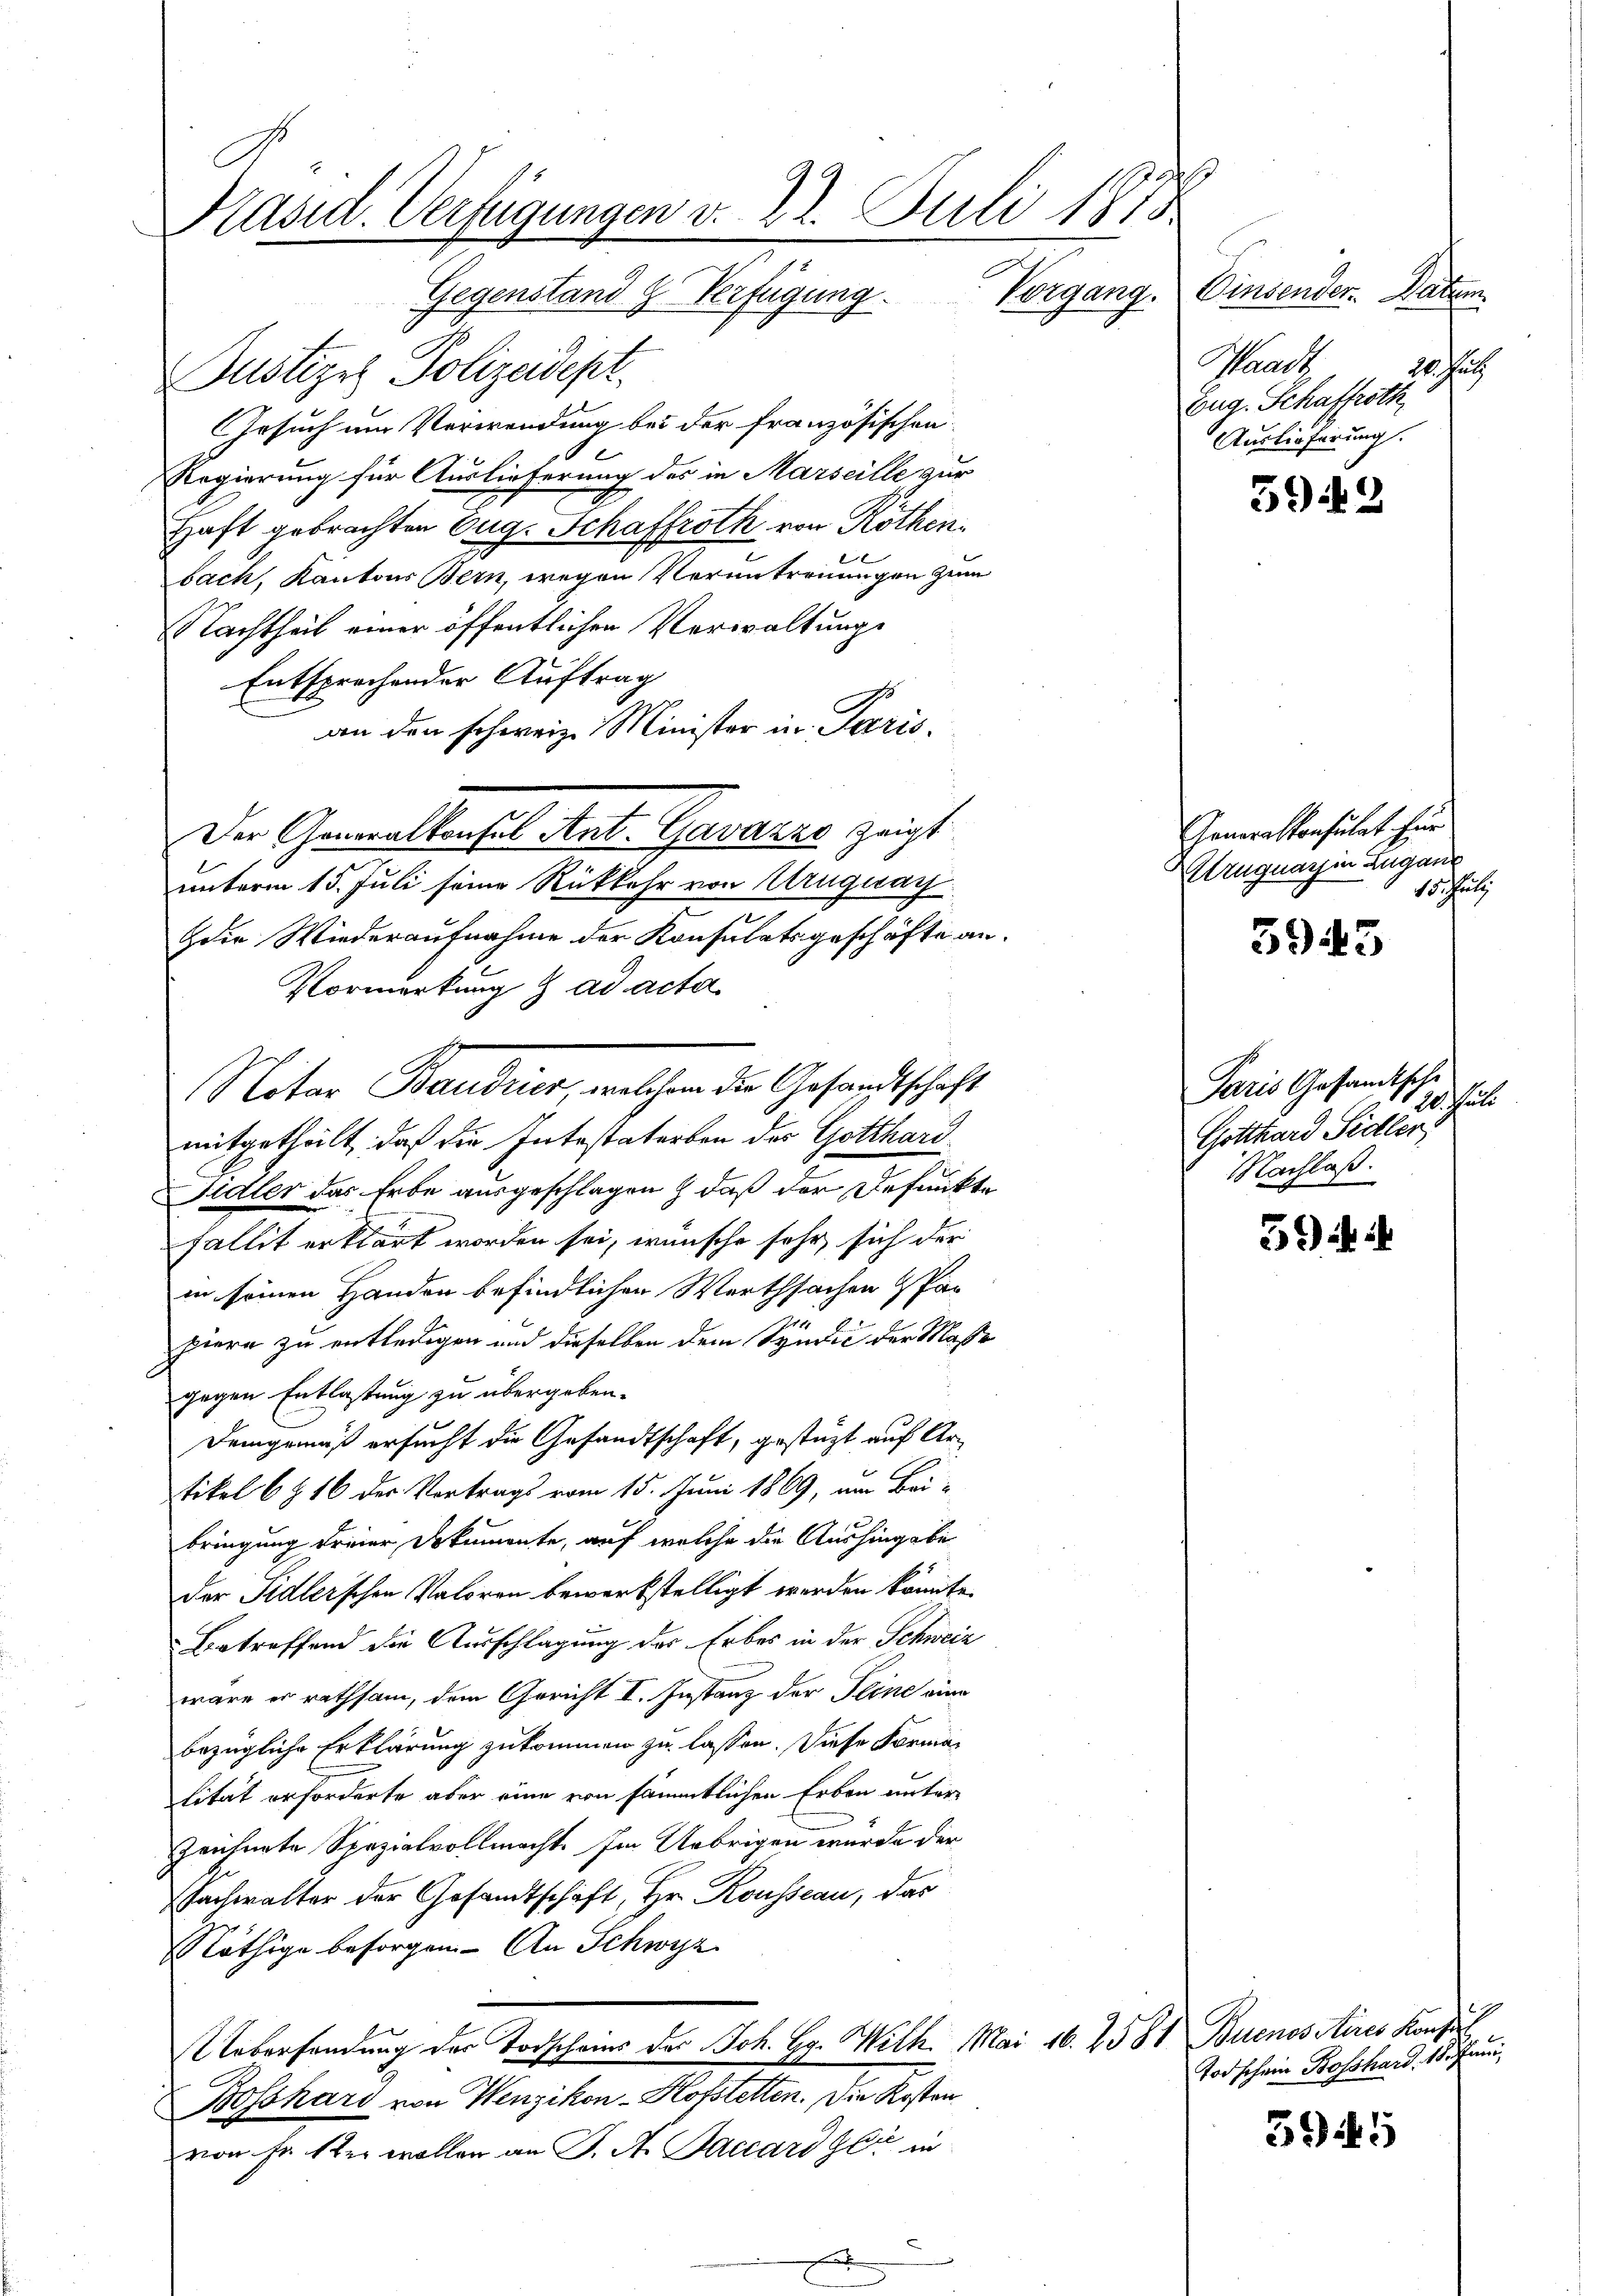
Käsid. Verfügungen v. 22. Juli 1875
Gegenstand & Verfügung. Vorgang.

Justizes Polizeidept.
Gesuch um Verwendung bei der französischen
Regierung für Auslieferung des in Marseille zur
Haft gebrachten Aug. Schaffroth von Rothen
bach, Kantons Bern, wegen Veruntrennungen zum
Nachtheit einer öffentlichen Verwaltung
Entsprechender Auftrag
an den schweiz. Minister in Paris.
Der Generalkonses Ant. Gawarze zeigt
unterm 15. Juli seine Rückkehr von Auguay
die Wiederaufnahme der Konsulatsgeschäfte an.
Vormerkung & ad acta
Notar Baudres, welchen der Gesandtschaft
mitgetheilt, daß die Intestaterben der Gotthard
Sidler das Erbe ausgeschlagen & daß der Befunkte
Fallit erklärt worden sei, wünsche sehr sich der
in seinen Handen befindlichen Werthsachen Par
piere zu entledigen und dieselben dem Syndić der Masse
gegen Entlastung zu übergeben.
Demgemäß ersucht die Gesandtschaft, gestüzt auf Artikel 6 § 16 des Vortrags vom 15. Juni 1869, um Bei-
bringung freier Dokumente, auf welche die Aushingabe
der Sidlerschen Valoren bewerkstelligt werden könnte.
Betreffend die Ausschlagung des Erbes in der Schweiz
wäre er rathsam, dem Gericht I. Instanz der Pline eine
bezügliche Erklärung zukommen zu lassen. Diese Formalität erforderte aber eine von sämmtlichen Erben unterzeichnete Spezialvollmacht. Im Uebrigen wurde der
achwalter der Gesandtschaft, Hr. Rousseau, das
Nöthige besorgen. - An Schwyz
Uebersendung der Torscheins des Joh. Hr. Wilh. Mai 16. 1581 Buenos Aires Konfus
Bosshard von Wenzikon-Hofstetten. Die Kosten
von Fr. 1ter wollen an J. A. Baccard Gli in

Einsender Datum
Waadt
Jher
Eug. Schaffroth,
Auslieferung.

Generalkonsulat für
ruguat in Zugane
Schatz

Paris Gesandtsche
1 hand
Gotthard Sidler,
Nachlaß.

Todschein Bossard, 18. Juni

5942

3943

594

3945